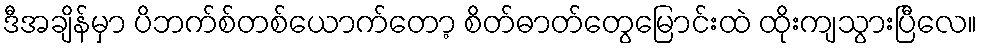
ဒီအချိန်မှာ ပိဘက်စ်တစ်ယောက်တော့ စိတ်ဓာတ်တွေမြောင်းထဲ ထိုးကျသွားပြီလေ။